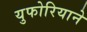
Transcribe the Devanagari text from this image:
युफोरियाने